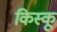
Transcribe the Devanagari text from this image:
किस्‍कू